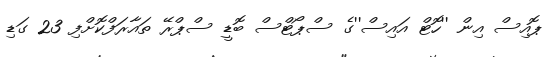
ޕޮއިސް އިން ''ހޮޓް އައިސް''ގެ ސްޕޯޓްސް ބޮޑީ ސްޕްރޭ ތައާރަފްކޮށްފި 23 ގަޑި